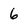
Character: 6